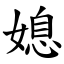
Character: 媳